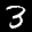
Label: 3